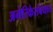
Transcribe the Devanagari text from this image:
अमेरिकेसंबंधात